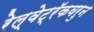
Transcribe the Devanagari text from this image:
रेल्वेट्रॅकवरुन